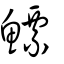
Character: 鰾